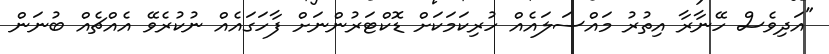
"އަދިވެސް ހޭނާރާ އިތުރު މައްސަލައެއް ހުރިކަމަކަށް ޑޮކްޓަރުންނަށް ފާހަގައެއް ނުކުރެވޭ އެއްޗެއް ބުނަން